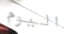
اليوم